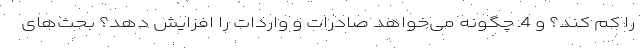
را کم کند؟ و 4ـ چگونه می‌خواهد صادرات و واردات را افزایش دهد؟ بحث‌های